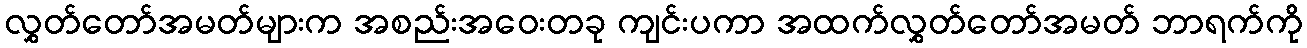
လွှတ်တော်အမတ်များက အစည်းအဝေးတခု ကျင်းပကာ အထက်လွှတ်တော်အမတ် ဘာရက်ကို